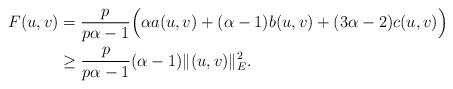
LaTeX: \begin{align*}F(u,v)&=\frac{p}{p\alpha-1}\Big(\alpha a(u,v)+(\alpha-1)b(u,v)+(3\alpha-2)c(u,v)\Big)\\&\geq\frac{p}{p\alpha-1}(\alpha-1)\|(u,v)\|_{E}^{2}.\end{align*}